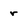
Character: r